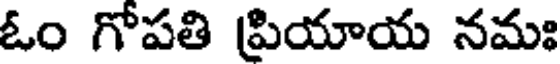
ఓం గోపతి ప్రియాయ నమః